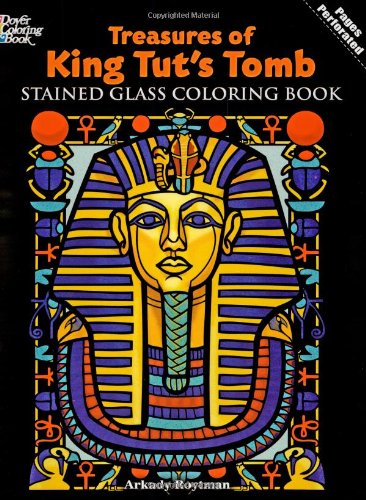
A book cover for Treasures of King Tut's Tomb Stained Glass Coloring Book (Dover Stained Glass Coloring Book); Arkady Roytman; Children's Books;